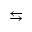
\leftrightarrows